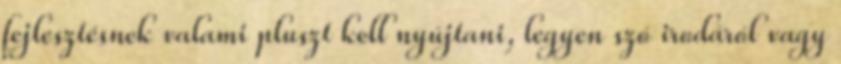
fejlesztésnek valami pluszt kell nyújtani, legyen szó irodáról vagy